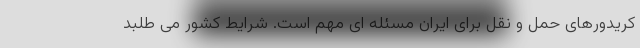
کریدورهای حمل و نقل برای ایران مسئله ای مهم است. شرایط کشور می طلبد